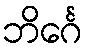
ဘိင်္ဂေ